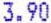
3.90